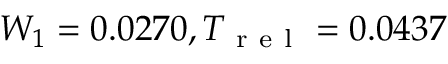
W _ { 1 } = 0 . 0 2 7 0 , T _ { \mathrm { ~ r ~ e ~ l ~ } } = 0 . 0 4 3 7